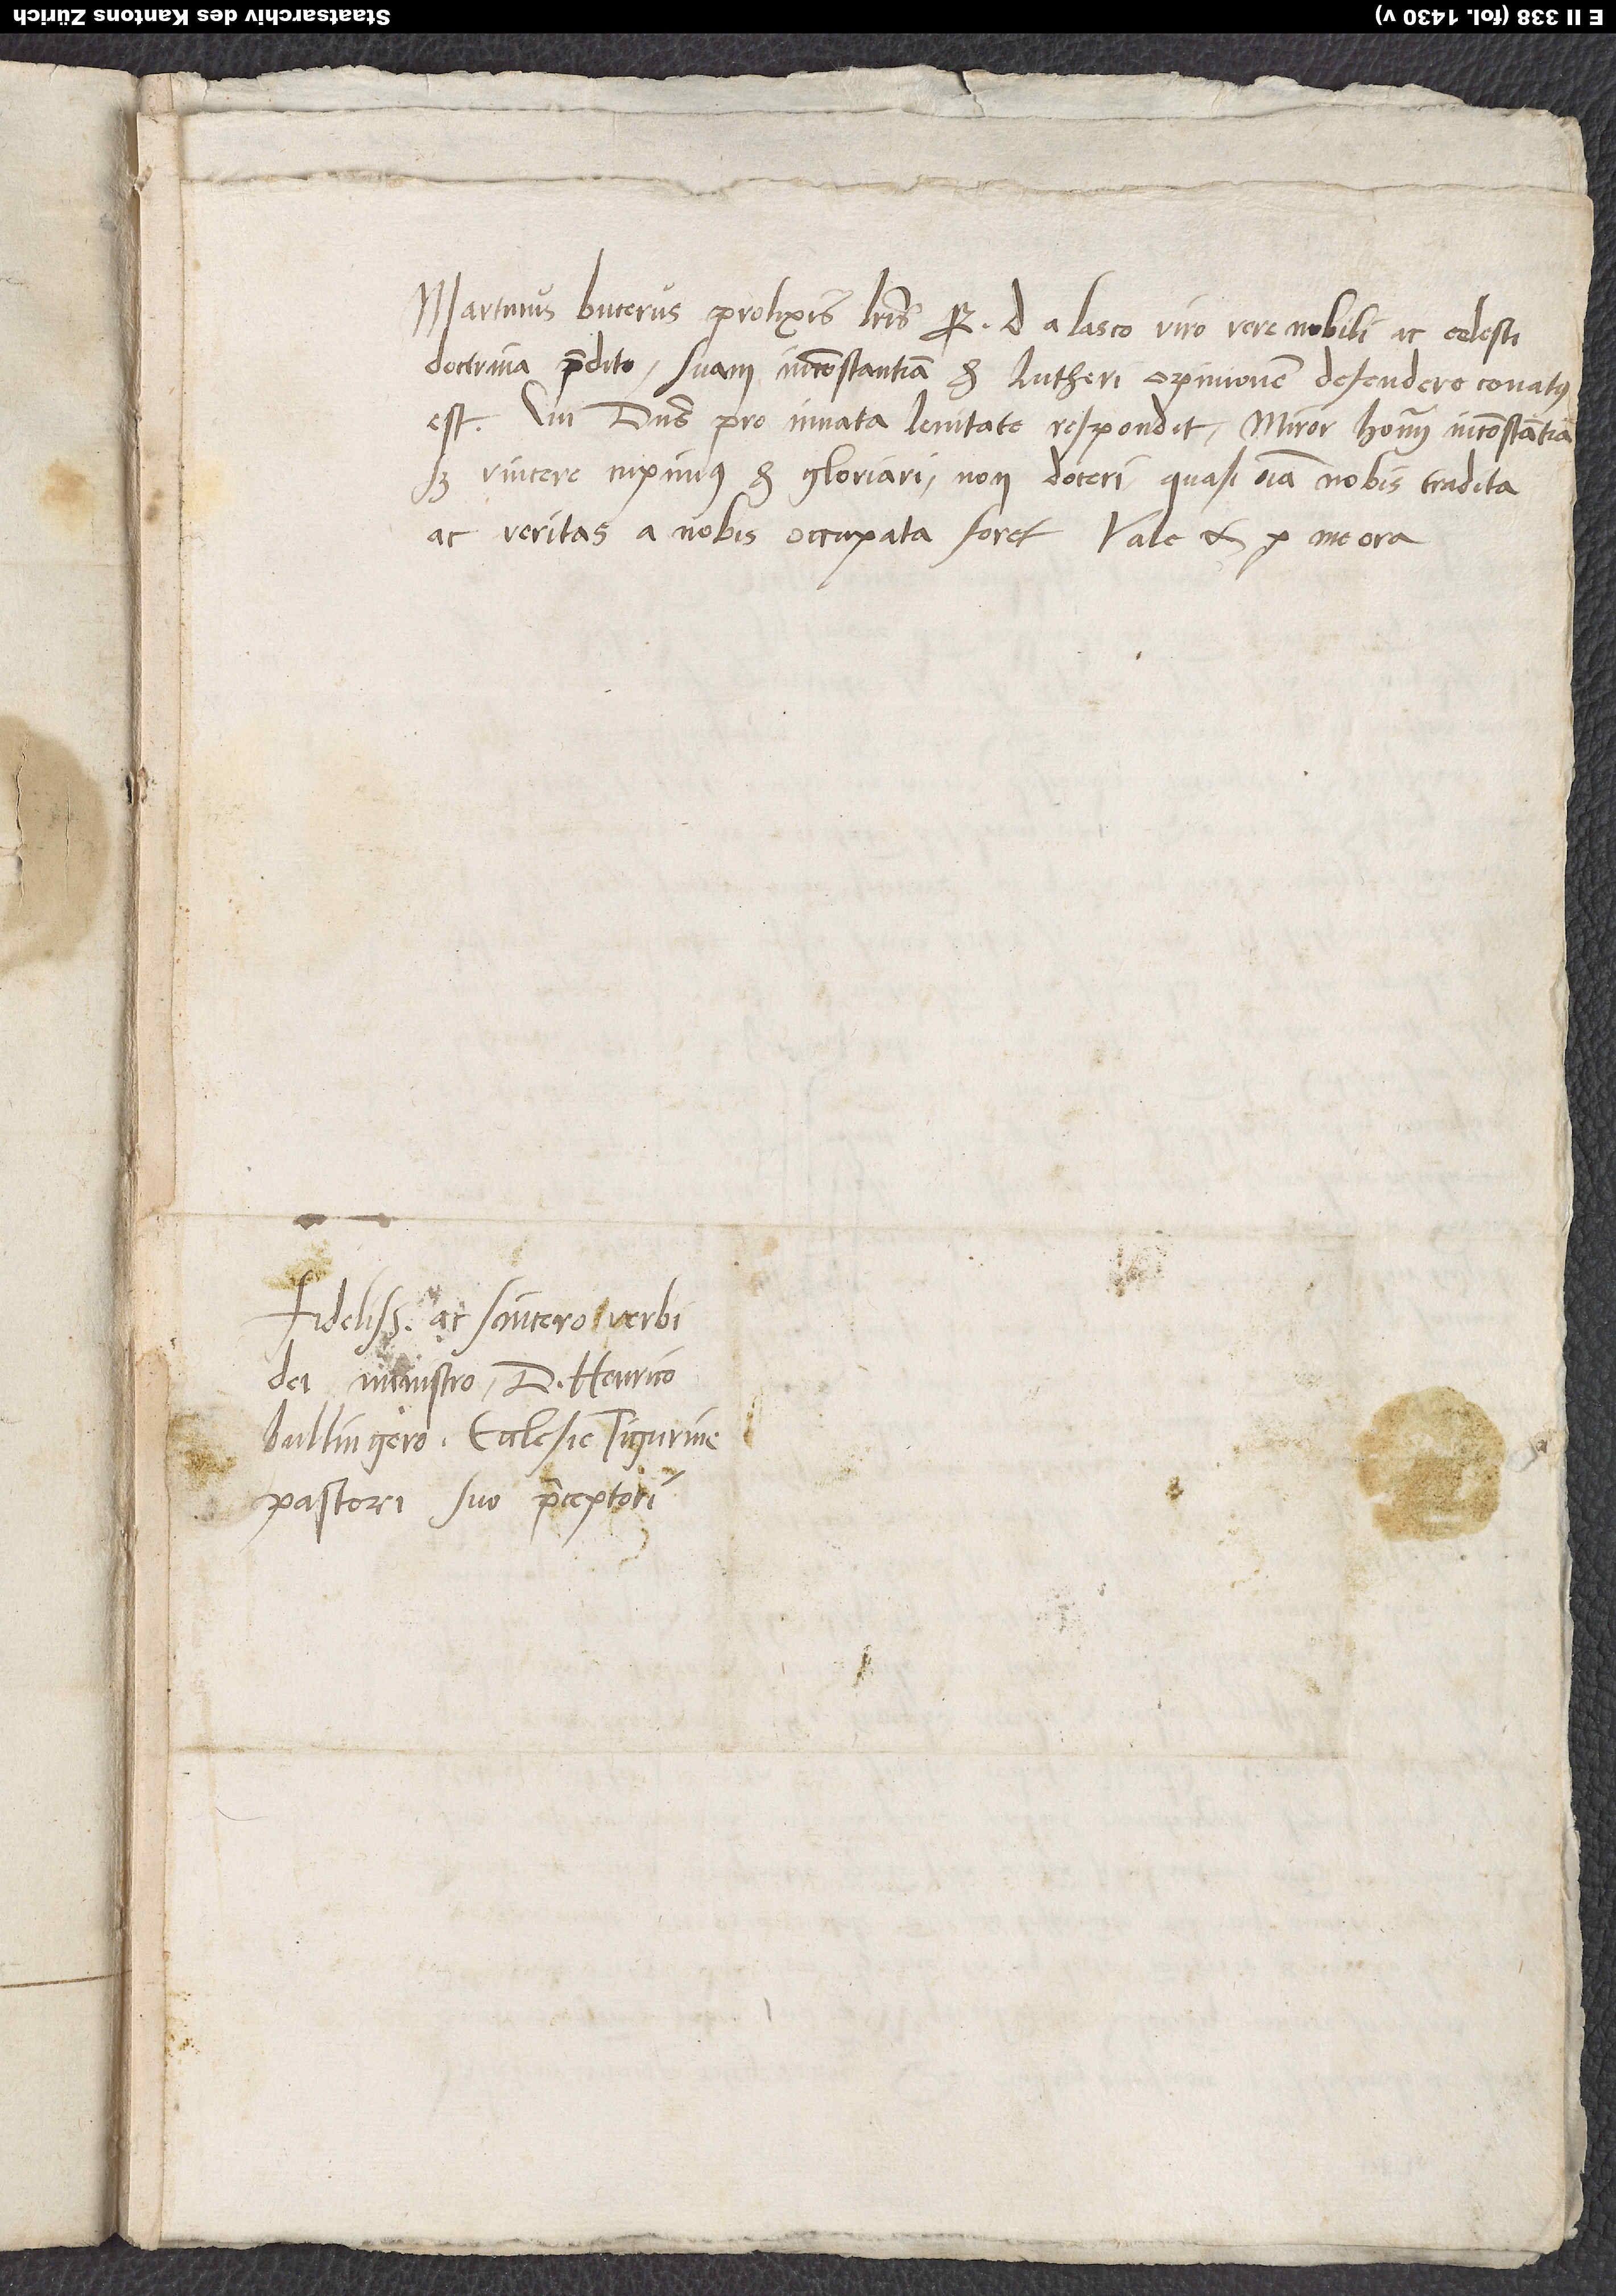
Martinus Bucerus prolixis literis reverendissimo d. a Lasco, viro vere nobili ac celesti
doctrina praedito, suam inconstantiam et Lutheri opinionem defendere conatus
est. Cui dominus pro innata lenitate respondit. Miror hominum inconstantiam;
sed vincere cupimus et gloriari, non doceri, quasi omnia nobis tradita
ac veritas a nobis occupata foret. Vale et pro
Fidelissimo ac sincero verbi
dei ministro d. Henrico
Bullingero, ecclesie Tigurine
pastori, suo praeceptori.